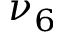
\nu _ { 6 }